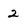
Character: 2